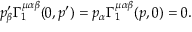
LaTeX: p _ { \beta } ^ { \prime } \Gamma _ { 1 } ^ { \mu \alpha \beta } ( 0 , p ^ { \prime } ) = p _ { \alpha } \Gamma _ { 1 } ^ { \mu \alpha \beta } ( p , 0 ) = 0 .